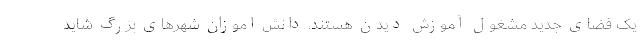
یک فضای جدید مشغول آموزش دیدن هستند. دانش اموزان شهرهای بزرگ شاید